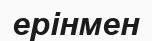
ерінмен